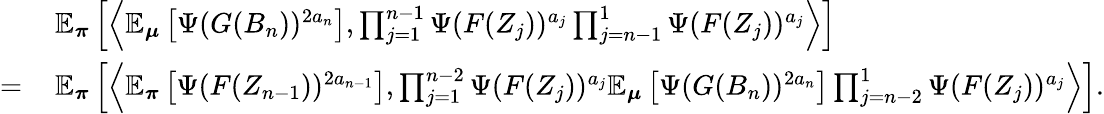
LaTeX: \begin{array}{rl}&{\mathbb{E}_{\boldsymbol\pi}\left[\left\langle\mathbb{E}_{\boldsymbol\mu}\left[\Psi(G(B_{n}))^{2a_{n}}\right],\prod_{j=1}^{n-1}\Psi(F(Z_{j}))^{a_{j}}\prod_{j=n-1}^{1}\Psi(F(Z_{j}))^{a_{j}}\right\rangle\right]}\\ {=\, }&{\mathbb{E}_{\boldsymbol\pi}\left[\left\langle\mathbb{E}_{\boldsymbol\pi}\left[\Psi(F(Z_{n-1}))^{2a_{n-1}}\right],\prod_{j=1}^{n-2}\Psi(F(Z_{j}))^{a_{j}}\mathbb{E}_{\boldsymbol\mu}\left[\Psi(G(B_{n}))^{2a_{n}}\right]\prod_{j=n-2}^{1}\Psi(F(Z_{j}))^{a_{j}}\right\rangle\right].}\end{array}